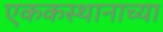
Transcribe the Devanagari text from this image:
एककस्थानाच्या